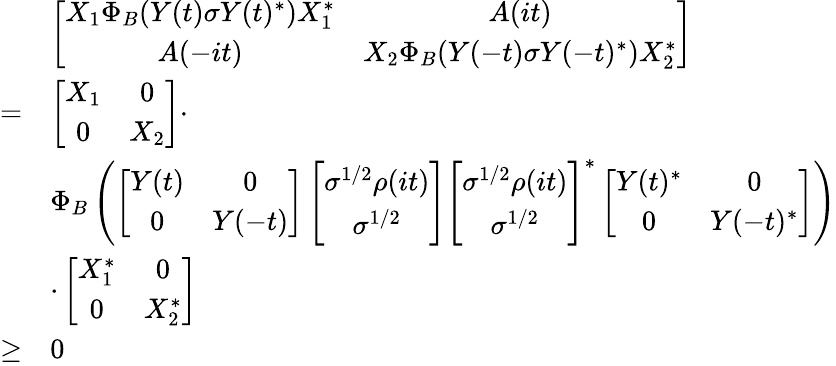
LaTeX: \begin{array}{rl}&{\left[\begin{array}{cc}{X_{1}\Phi_{B}(Y(t)\sigma Y(t)^{*})X_{1}^{*}}&{A(it)}\\ {A(-it)}&{X_{2}\Phi_{B}(Y(-t)\sigma Y(-t)^{*})X_{2}^{*}}\end{array}\right]}\\ {=}&{\left[\begin{array}{cc}{X_{1}}&{0}\\ {0}&{X_{2}}\end{array}\right]\cdot}\\ &{\Phi_{B}\left(\left[\begin{array}{cc}{Y(t)}&{0}\\ {0}&{Y(-t)}\end{array}\right]\left[\begin{array}{c}{\sigma^{1/2}\rho(it)}\\ {\sigma^{1/2}}\end{array}\right]\left[\begin{array}{c}{\sigma^{1/2}\rho(it)}\\ {\sigma^{1/2}}\end{array}\right]^{*}\left[\begin{array}{cc}{Y(t)^{*}}&{0}\\ {0}&{Y(-t)^{*}}\end{array}\right]\right)}\\ &{\cdot\left[\begin{array}{cc}{X_{1}^{*}}&{0}\\ {0}&{X_{2}^{*}}\end{array}\right]}\\ {\ge}&{0}\end{array}